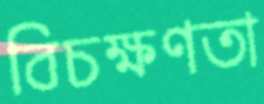
বিচক্ষণতা